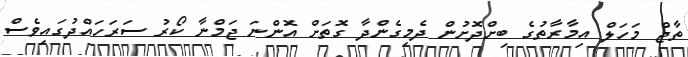
ތާޖް މަހަލް އިމާރާތުގެ ބިށްދޮށުން ދެމިގެންދާ ގޮތަށް އޮންނަ ޖަމްނާ ކޯރު ސަރަހައްދުގައިވެސް